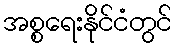
အစ္စရေးနိုင်ငံတွင်